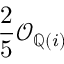
{ \frac { 2 } { 5 } } { \mathcal { O } } _ { \mathbb { Q } ( i ) }